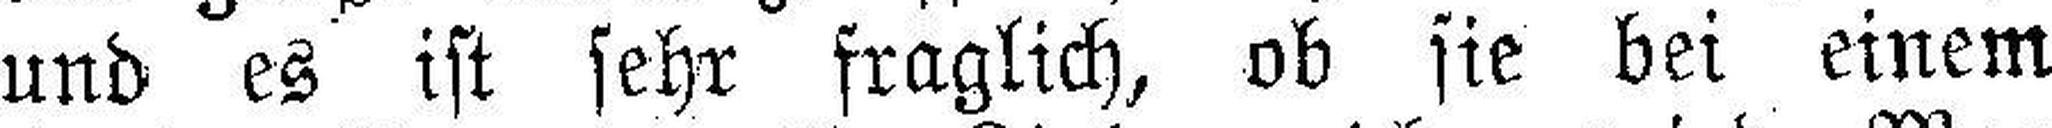
und es ist sehr fraglich, ob sie bei einem